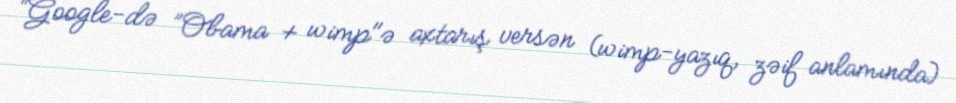
“Google-də ”Obama + wimp"ə axtarış versən (wimp-yazıq, zəif anlamında)